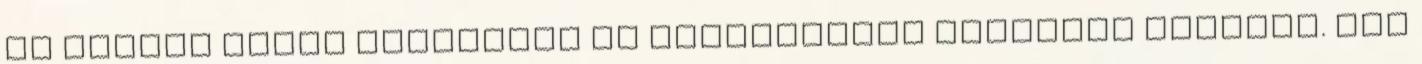
és pezsgő jelen keveredik az izgalmasnak ígérkező jövővel. Oly